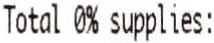
TOTAL 0% SUPPLIES: